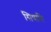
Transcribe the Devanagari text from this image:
सिषाति